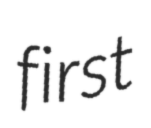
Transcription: first